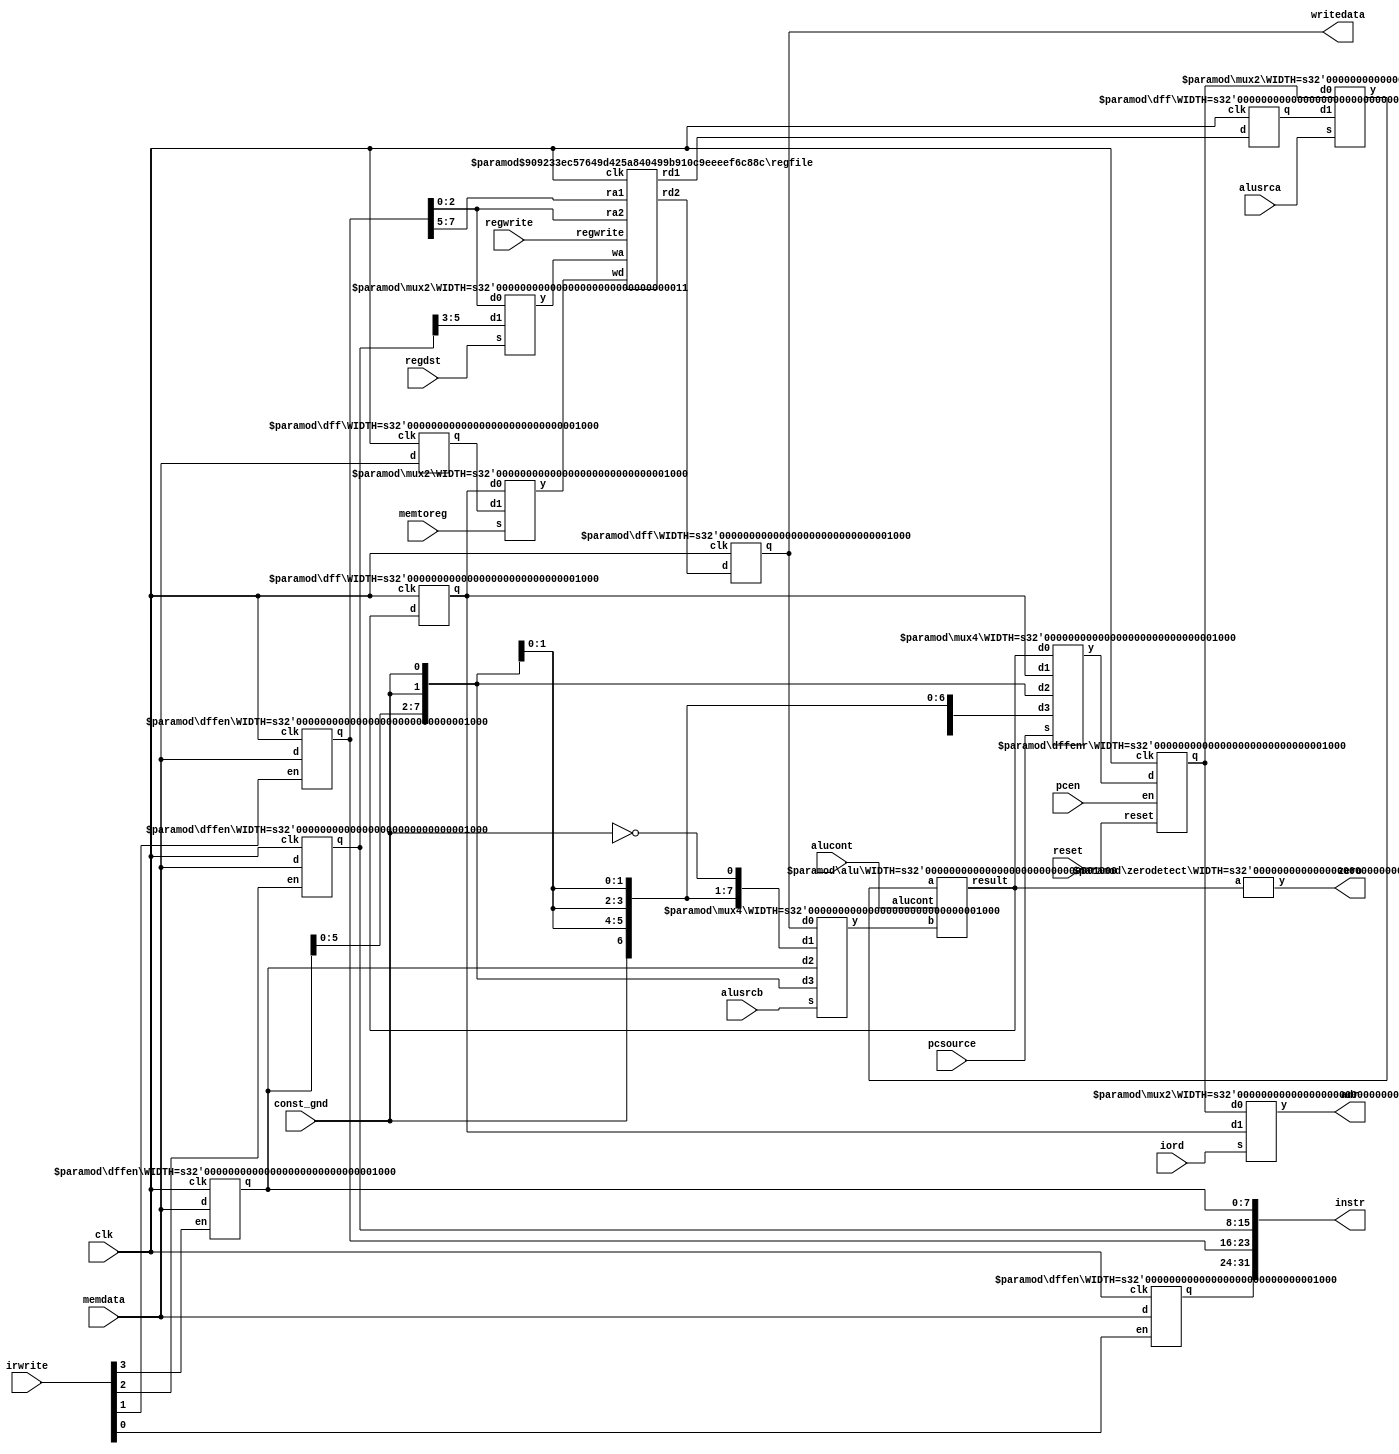
// Datapath, including register file, ALU, muxes, and other registers
module datapath #(parameter WIDTH = 8, REGBITS = 3)
                 (input              clk, reset, 
		  input		     const_gnd,
                  input  [WIDTH-1:0] memdata, 
                  input              alusrca, memtoreg, iord, 
		  input              pcen, regwrite, regdst,
                  input  [1:0]       pcsource, alusrcb, 
                  input  [3:0]       irwrite, 
                  input  [2:0]       alucont, 
                  output             zero, 
                  output [31:0]      instr, 
                  output [WIDTH-1:0] adr, writedata);

   wire [REGBITS-1:0] ra1, ra2, wa;
   wire [WIDTH-1:0]   pc, nextpc, md, rd1, rd2, wd, a, src1, src2, aluresult,
                          aluout, constx4;

   // shift left constant field by 2
   assign constx4 = {instr[WIDTH-3:0], {2{const_gnd}}};

   // register file address fields
   assign ra1 = instr[REGBITS+20:21];
   assign ra2 = instr[REGBITS+15:16];
   mux2       #(REGBITS) regmux(instr[REGBITS+15:16], 
                                instr[REGBITS+10:11], regdst, wa);

   // independent of bit width, load instruction into four 
   // 8-bit registers over four cycles
   dffen      #(8)      ir0(clk, irwrite[3], memdata[7:0], instr[7:0]);
   dffen      #(8)      ir1(clk, irwrite[2], memdata[7:0], instr[15:8]);
   dffen      #(8)      ir2(clk, irwrite[1], memdata[7:0], instr[23:16]);
   dffen      #(8)      ir3(clk, irwrite[0], memdata[7:0], instr[31:24]);

   // datapath
   dffenr     #(WIDTH)  pcreg(clk, reset, pcen, nextpc, pc);
   dff        #(WIDTH)  mdr(clk, memdata, md);
   dff        #(WIDTH)  areg(clk, rd1, a);	
   dff        #(WIDTH)  wrd(clk, rd2, writedata);
   dff        #(WIDTH)  res(clk, aluresult, aluout);
   mux2       #(WIDTH)  adrmux(pc, aluout, iord, adr);
   mux2       #(WIDTH)  src1mux(pc, a, alusrca, src1);
   mux4       #(WIDTH)  src2mux(writedata, {{7{const_gnd}},{~{const_gnd}}}, instr[WIDTH-1:0], 
                                constx4, alusrcb, src2);
   mux4       #(WIDTH)  pcmux(aluresult, aluout, constx4, {8{const_gnd}}, 
                                pcsource, nextpc);
   mux2       #(WIDTH)  wdmux(aluout, md, memtoreg, wd);
   regfile    #(WIDTH,REGBITS) rf(clk, regwrite, ra1, ra2, wa, wd, rd1, rd2);
   alu        #(WIDTH) alunit(src1, src2, alucont, aluresult);
   zerodetect #(WIDTH) zd(aluresult, zero);
endmodule

module alu #(parameter WIDTH = 8)
            (input      [WIDTH-1:0] a, b, 
             input      [2:0]       alucont, 
             output reg [WIDTH-1:0] result);

   wire     [WIDTH-1:0] b2, sum, slt;

   assign b2 = alucont[2] ? ~b:b; 
   assign sum = a + b2 + alucont[2];
   // slt should be 1 if most significant bit of sum is 1
   assign slt = sum[WIDTH-1];

   always@(*)
      case(alucont[1:0])
         2'b00: result <= a & b;
         2'b01: result <= a | b;
         2'b10: result <= sum;
         2'b11: result <= slt;
      endcase
endmodule

module regfile #(parameter WIDTH = 8, REGBITS = 3)
                (input                clk, 
                 input                regwrite, 
                 input  [REGBITS-1:0] ra1, ra2, wa, 
                 input  [WIDTH-1:0]   wd, 
                 output [WIDTH-1:0]   rd1, rd2);

   reg  [WIDTH-1:0] RAM [(1<<REGBITS)-1:0];

   // three ported register file
   // read two ports combinationally
   // write third port on rising edge of clock
   // register 0 hardwired to 0
   always @(posedge clk)
      if (regwrite) RAM[wa] <= wd;	

   assign rd1 = ra1 ? RAM[ra1] : 0;
   assign rd2 = ra2 ? RAM[ra2] : 0;
endmodule

module zerodetect #(parameter WIDTH = 8)
                   (input [WIDTH-1:0] a, 
                    output            y);

   assign y = (a==0);
endmodule	

module dff #(parameter WIDTH = 8)
             (input                  clk, 
              input      [WIDTH-1:0] d, 
              output reg [WIDTH-1:0] q);

   always @(posedge clk)
      q <= d;
endmodule

module dffen #(parameter WIDTH = 8)
               (input                  clk, en,
                input      [WIDTH-1:0] d, 
                output reg [WIDTH-1:0] q);

   always @(posedge clk)
      if (en) q <= d;
endmodule

module dffenr #(parameter WIDTH = 8)
                (input                  clk, reset, en,
                 input      [WIDTH-1:0] d, 
                 output reg [WIDTH-1:0] q);
 
   always @(posedge clk)
      if      (reset) q <= 0;
      else if (en)    q <= d;
endmodule

module mux2 #(parameter WIDTH = 8)
             (input  [WIDTH-1:0] d0, d1, 
              input              s, 
              output [WIDTH-1:0] y);

   assign y = s ? d1 : d0; 
endmodule

module mux4 #(parameter WIDTH = 8)
             (input      [WIDTH-1:0] d0, d1, d2, d3,
              input      [1:0]       s, 
              output reg [WIDTH-1:0] y);

   always @(*)
      case(s)
         2'b00: y <= d0;
         2'b01: y <= d1;
         2'b10: y <= d2;
         2'b11: y <= d3;
      endcase
endmodule